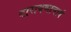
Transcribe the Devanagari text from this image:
नारायणाचार्य